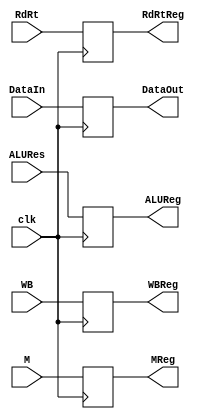
//Raymond Mui , AJ Townsend, Beck Pang
module EXMEMReg(clk,WB, M, DataIn,ALURes,RdRt,
  WBReg, MReg, DataOut,ALUReg, RdRtReg);
  input clk;
  input [1:0] WB;
  input [2:0] M;
  input [4:0] RdRt;
  input [31:0] DataIn,ALURes;

  output reg [1:0] WBReg;
  output reg [2:0] MReg;
  output reg [4:0] RdRtReg;
  output reg [31:0] DataOut,ALUReg;

  initial begin
    WBReg = 0;
    MReg = 0;
    ALUReg = 0;
    DataOut = 0;
    RdRtReg = 0;
  end

  always @(posedge clk)
  begin  
    WBReg <= WB;
    MReg <= M;
    ALUReg <= ALURes;
    DataOut <= DataIn;
    RdRtReg <= RdRt;
  end

endmodule